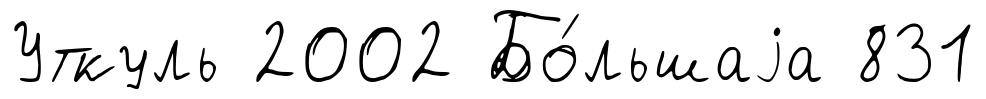
Уткуль 2002 Бо́льшаjа 831